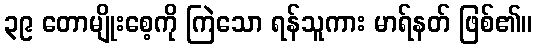
၃၉ တောမျိုးစေ့ကို ကြဲသော ရန်သူကား မာရ်နတ် ဖြစ်၏။